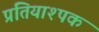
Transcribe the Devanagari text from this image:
प्रतियाश्पक